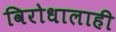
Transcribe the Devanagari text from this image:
विरोधालाही